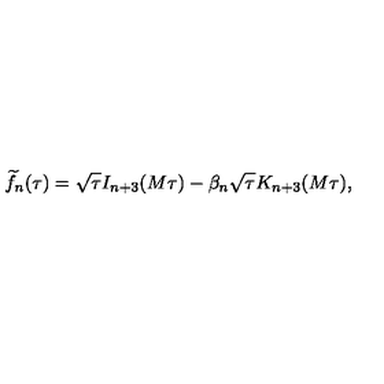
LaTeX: { \widetilde f } _ { n } ( \tau ) = \sqrt { \tau } I _ { n + 3 } ( M \tau ) - \beta _ { n } \sqrt { \tau } K _ { n + 3 } ( M \tau ) ,